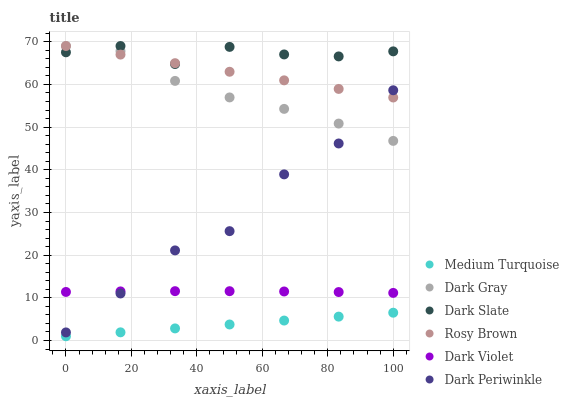
| xaxis_label | Medium Turquoise | Dark Gray | Dark Slate | Rosy Brown | Dark Violet | Dark Periwinkle |
 | --- | --- | --- | --- | --- | --- | --- |
 | 0 | 1 | 69 | 67.5 | 69 | 11.4 | 1.9 |
 | 16.7 | 1.92 | 67.8 | 69 | 67 | 11.5 | 11 |
 | 33.3 | 2.84 | 60.8 | 64.8 | 65 | 11.6 | 21.1 |
 | 50 | 3.76 | 57 | 68.8 | 63 | 11.6 | 25.6 |
 | 66.7 | 4.68 | 54.3 | 67 | 61 | 11.5 | 38.9 |
 | 83.3 | 5.6 | 50.8 | 66.6 | 58.9 | 11.4 | 46.2 |
 | 100 | 6.52 | 46.8 | 67.7 | 56.9 | 11.2 | 58.6 |